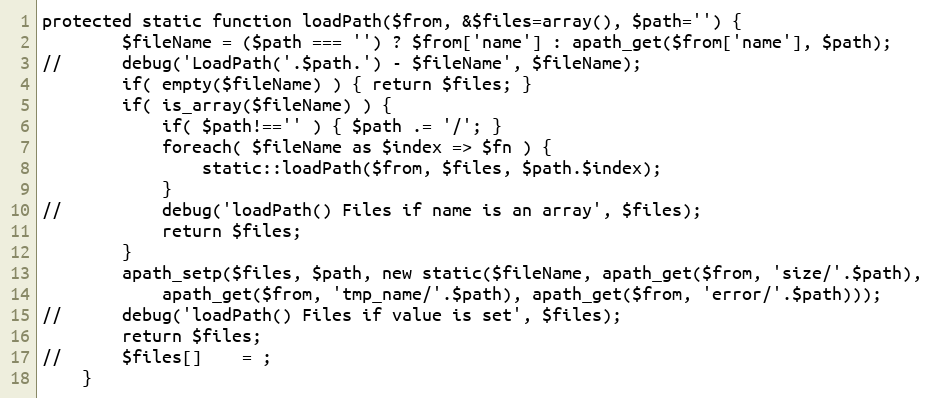
Language: PHP
protected static function loadPath($from, &$files=array(), $path='') {
		$fileName = ($path === '') ? $from['name'] : apath_get($from['name'], $path);
// 		debug('LoadPath('.$path.') - $fileName', $fileName);
		if( empty($fileName) ) { return $files; }
		if( is_array($fileName) ) {
			if( $path!=='' ) { $path .= '/'; }
			foreach( $fileName as $index => $fn ) {
				static::loadPath($from, $files, $path.$index);
			}
// 			debug('loadPath() Files if name is an array', $files);
			return $files;
		}
		apath_setp($files, $path, new static($fileName, apath_get($from, 'size/'.$path),
			apath_get($from, 'tmp_name/'.$path), apath_get($from, 'error/'.$path)));
// 		debug('loadPath() Files if value is set', $files);
		return $files;
// 		$files[]	= ;
	}